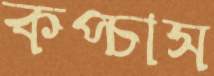
কপ্‌চাস